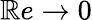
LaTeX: \mathbb{R}e\rightarrow0